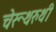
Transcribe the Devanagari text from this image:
चेरूथरुथी